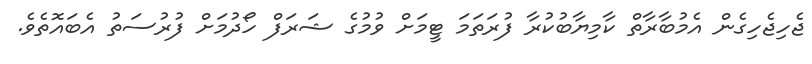
ޖެހިޖެހިގެން އެމުބާރާތް ކާމިޔާބުކުރާ ފުރަތަމަ ޓީމަށް ވުމުގެ ޝަރަފް ހޯދުމަށް ފުރުސަތު އެބައޮތެވެ.